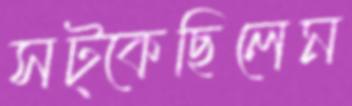
সট্‌কেছিলেম